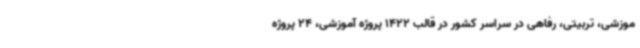
موزشی، تربیتی، رفاهی در سراسر کشور در قالب 1422 پروژه آموزشی، 24 پروژه